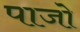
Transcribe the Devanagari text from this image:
पाजो